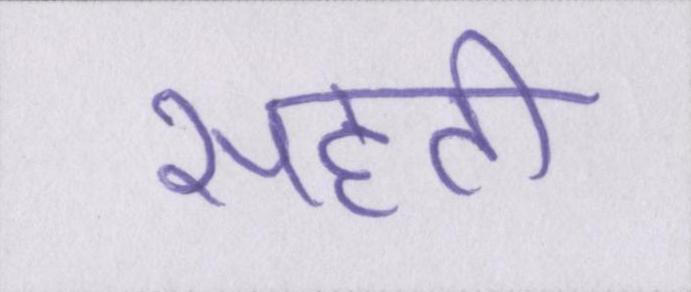
सहती